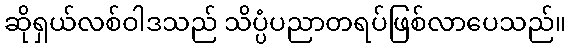
ဆိုရှယ်လစ်ဝါဒသည် သိပ္ပံပညာတရပ်ဖြစ်လာပေသည်။